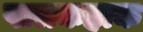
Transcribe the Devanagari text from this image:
पालकहाक